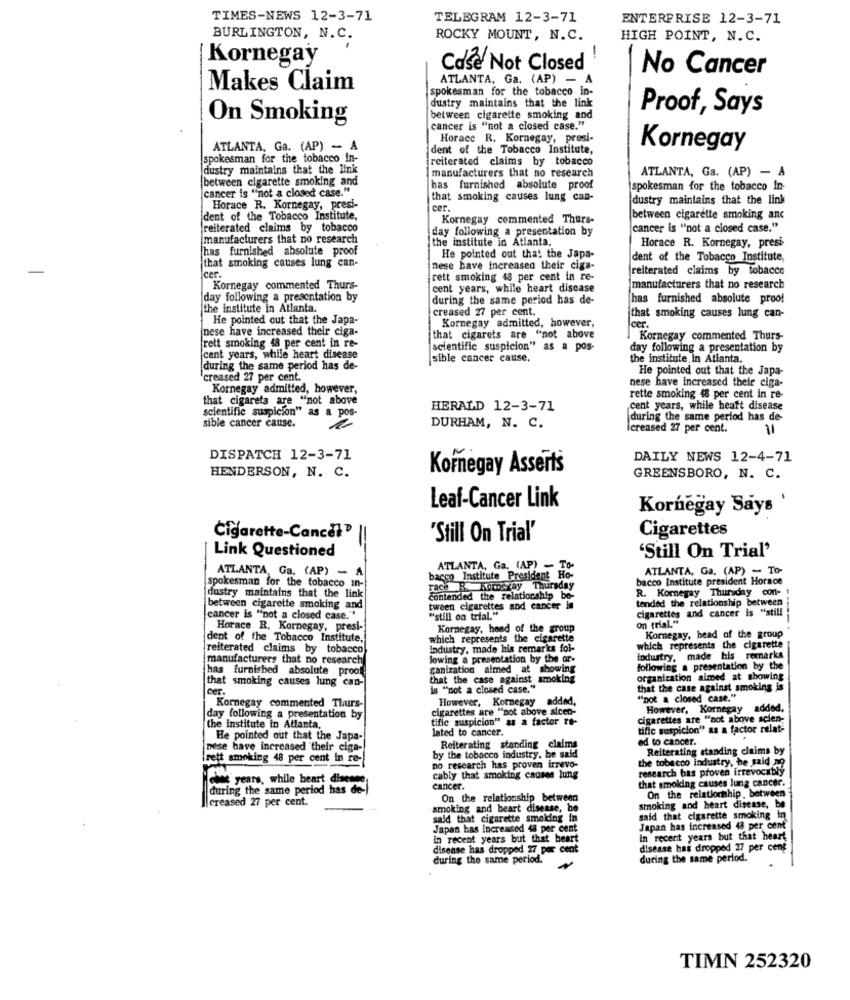
TIMES-NEWS 12-3-71
TELEGRAM 12-3-71
ENTERPRISE 12-3-71
BURLINGTON, N.C.
ROCKY MOUNT, N.C.
HIGH POINT, N.C.
-
Kornegay
Case Not Closed
No Cancer
-
ATLANTA, Ga. (AP) - A
Makes Claim
spokesman for the tobacco in-
dustry maintains that the link
Proof, Says
On Smoking
between cigarette smoking and
cancer is "not a closed case."
Horace R. Kornegay, presi-
ATLANTA, Ga. (AP) - A
dent of the Tobacco Institute,
Kornegay
spokesman for the tobacco In-
reiterated claims by tobacco
dustry maintains that the link
manufacturers that no research
between cigarette smoking and
ATLANTA, Ga. (AP) - A
cancer is "not a closed case."
has furnished absolute proof
spokesman for the tobacco In-
that smoking causes lung can-
dustry maintains that the link
Horace R. Kornegay, presi-
dent of the Tobacco Institute,
Kornegay commented Thurs-
between cigarette smoking anc
reiterated claims by tobacco
day following a presentation by
cancer is "not a closed case."
manufacturers that no research
the institute in Atlanta.
has furnished absolute proof
Horace R. Kornegay, presi-
He pointed out that the Japa-
dent of the Tobacco Institute,
that smoking causes lung can-
nese have increased their ciga-
[reiterated claims by tobacco
leer.
rett smoking 48 per cent in re-
Kornegay commented Thurs-
cent years, while heart disease
manufacturers that no research
day following a presentation by
during the same period has de-
has furnished absolute proof
the institute in Atlanta.
creased 27 per cent.
He pointed out that the Japa-
that smoking causes lung can-
leer.
nese have increased their ciga-
Kornegay admitted, however,
that cigarets are "not above
Kornegay commented Thurs-
rett smoking 48 per cent in re-
scientific suspicion" as a pos-
day following a presentation by
cent years, while heart disease
sible cancer cause,
the institute in Atlanta.
during the same period has de-
He pointed out that the Japa-
creased 27 per cent.
nese have increased their ciga-
Kornegay admitted, however,
that cigarets are "not above
rette smoking 48 per cent in re-
HERALD 12-3-71
cent years, while heart disease
scientific suspicion" as a pos-
during the same period has de-
sible cancer cause.
DURHAM, N. C.
creased 27 per cent.
31
DISPATCH 12-3-71
DAILY NEWS 12-4-71
Kornegay Asserts
HENDERSON, N. C.
GREENSBORO, N. C.
Leaf-Cancer Link
Kornegay Says
Cigarettes
Cigarette-Cancel
=
"Still On Trial'
Link Questioned
'Still On Trial'
ATLANTA, Ga. (AP) - A
ATLANTA, Ga. (AP) - To-
ATLANTA, Ga. (AP) - To-
spokesman for the tobacco in
bacco Institute President Ho-
bacco Institute president Horace
race R. houxxay Thursday
R. Koregay Thursday con-
dustry maintains that the link
Contended the relationship be-
tended the relationship between
between cigarette smoking and
tween cigarettes and cancer in
cigarettes and cancer is "still
cancer is "not a closed case."
"still on trial."
on trial."
Horace R. Kornegay, presi-
Kornegay, head of the group
dent of the Tobacco Institute,
which represents the cigarette
Kommegay, head of the group
reiterated claims by tobacco
Industry, made his remarks fol-
which represents the cigarette
manufacturers that no research
lowing a presentation by the or-
Industry, made his remarks
has furnished absolute proof
ganization almed at showing
following a presentation by the
that smoking causes lung can-
that the case against smoking
organization aimed at showing
Cer
is "not a closed case."
that the case against smoking is
Kornegay commented Thurs-
However, Kornegay added,
""not a closed case."
cigarettes are "not above sicen-
However, Kornegay added.
day following a presentation by
tific suspicion" as a factor re-
cigarettes are "not above scien-
the institute in Atlanta,
lated to cancer.
tific suspicion" as a factor relat-
He pointed out that the Japa-
ed to cancer.
nese have increased their ciga-
Reiterating standing claims
Reiterating standing claims by
Irett smoking 48 per cent in re-
by the tobacco industry, he said
no research has proven irrevo-
research has proven irrevocably
the tobacco industry, he said ?
chec' years, while heart disease
cably that smoking causes lung
that smoking causes lung cancer.
during the same period has de-
cancer.
On the relationship between
creased 27 per cent.
On the relationship between
smoking and heart disease, he
smoking and heart disease, be
sald that cigarette smoking in
said that cigarette smoking in
Japan has increased 48 per cent
Japan has increased 48 per cent
in recent years but that heart
in recent years but that heart
disease has dropped 27 per cent
disease has dropped 27 per cent
during the same period.
during the same period. ~
TIMN 252320